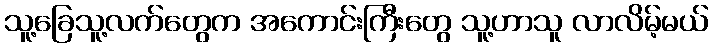
သူ့ခြေသူ့လက်တွေက အကောင်းကြီးတွေ သူ့ဟာသူ လာလိမ့်မယ်